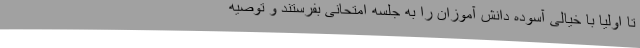
تا اولیا با خیالی آسوده دانش آموزان را به جلسه امتحانی بفرستند و توصیه